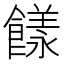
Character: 𩞭